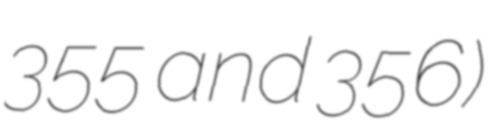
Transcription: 355 and 356)